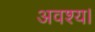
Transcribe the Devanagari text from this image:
अवश्य।